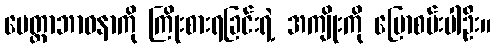
မေတ္တာဘာဝနာကို ကြိုးစားရခြင်းရဲ့ အကျိုးကို ပြောစမ်းပါဦး။